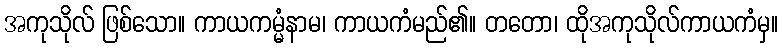
အကုသိုလ် ဖြစ်သော။ ကာယကမ္မံနာမ၊ ကာယကံမည်၏။ တတော၊ ထိုအကုသိုလ်ကာယကံမှ။